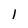
Character: 1